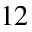
^ { 1 2 }